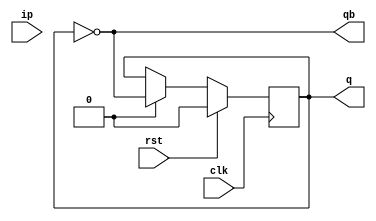
module t(ip,clk,rst,q,qb);
    input clk,rst,ip;
    output reg q;
    output qb;

    assign qb = ~q;

    //now @always() as ff is seq cir

    always @(posedge clk) begin
        if(rst) begin
            q<=0;
        end

        else begin
           q = t ? ~q:q;
        end
    end



endmodule